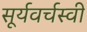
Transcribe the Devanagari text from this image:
सूर्यवर्चस्वी